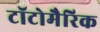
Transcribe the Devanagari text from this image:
टॉटोमैरिक